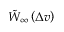
\tilde { W } _ { \infty } \left( \Delta v \right)